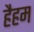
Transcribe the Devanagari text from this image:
हैहम